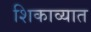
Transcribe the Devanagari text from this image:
शिकाव्यात